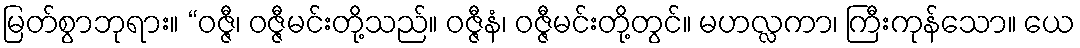
မြတ်စွာဘုရား။ “ဝဇ္ဇီ၊ ဝဇ္ဇီမင်းတို့သည်။ ဝဇ္ဇီနံ၊ ဝဇ္ဇီမင်းတို့တွင်။ မဟလ္လကာ၊ ကြီးကုန်သော။ ယေ